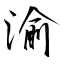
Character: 渝